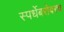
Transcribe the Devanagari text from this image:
स्पर्धेबरोबरच